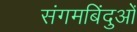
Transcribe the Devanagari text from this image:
संगमबिंदुओं